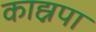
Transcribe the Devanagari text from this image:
काह्नपा